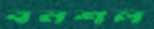
বনশল